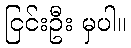
ငြင်းဦး မှပါ။